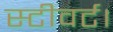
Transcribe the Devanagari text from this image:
स्टीवर्ट।